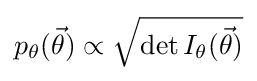
{\textstyle p_{\theta }({\vec {\theta }})\propto {\sqrt {\det I_{\theta }({\vec {\theta }})}}}